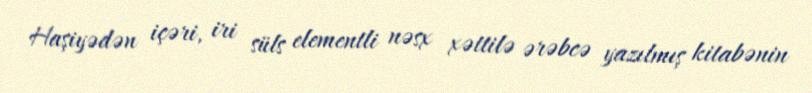
Haşiyədən içəri, iri süls elementli nəsx xəttilə ərəbcə yazılmış kitabənin